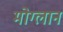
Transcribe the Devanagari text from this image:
मोग्लान